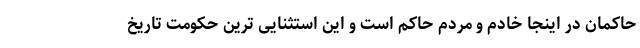
حاکمان در اینجا خادم و مردم حاکم است و این استثنایی ترین حکومت تاریخ